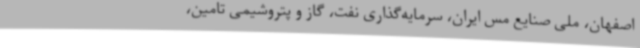
اصفهان، ملی صنایع مس ایران، سرمایه‌گذاری نفت، گاز و پتروشیمی تامین،